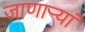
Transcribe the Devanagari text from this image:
जाणाऱ्यां